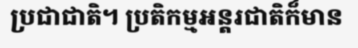
ប្រជាជាតិ។ ប្រតិកម្មអន្តរជាតិក៏មាន